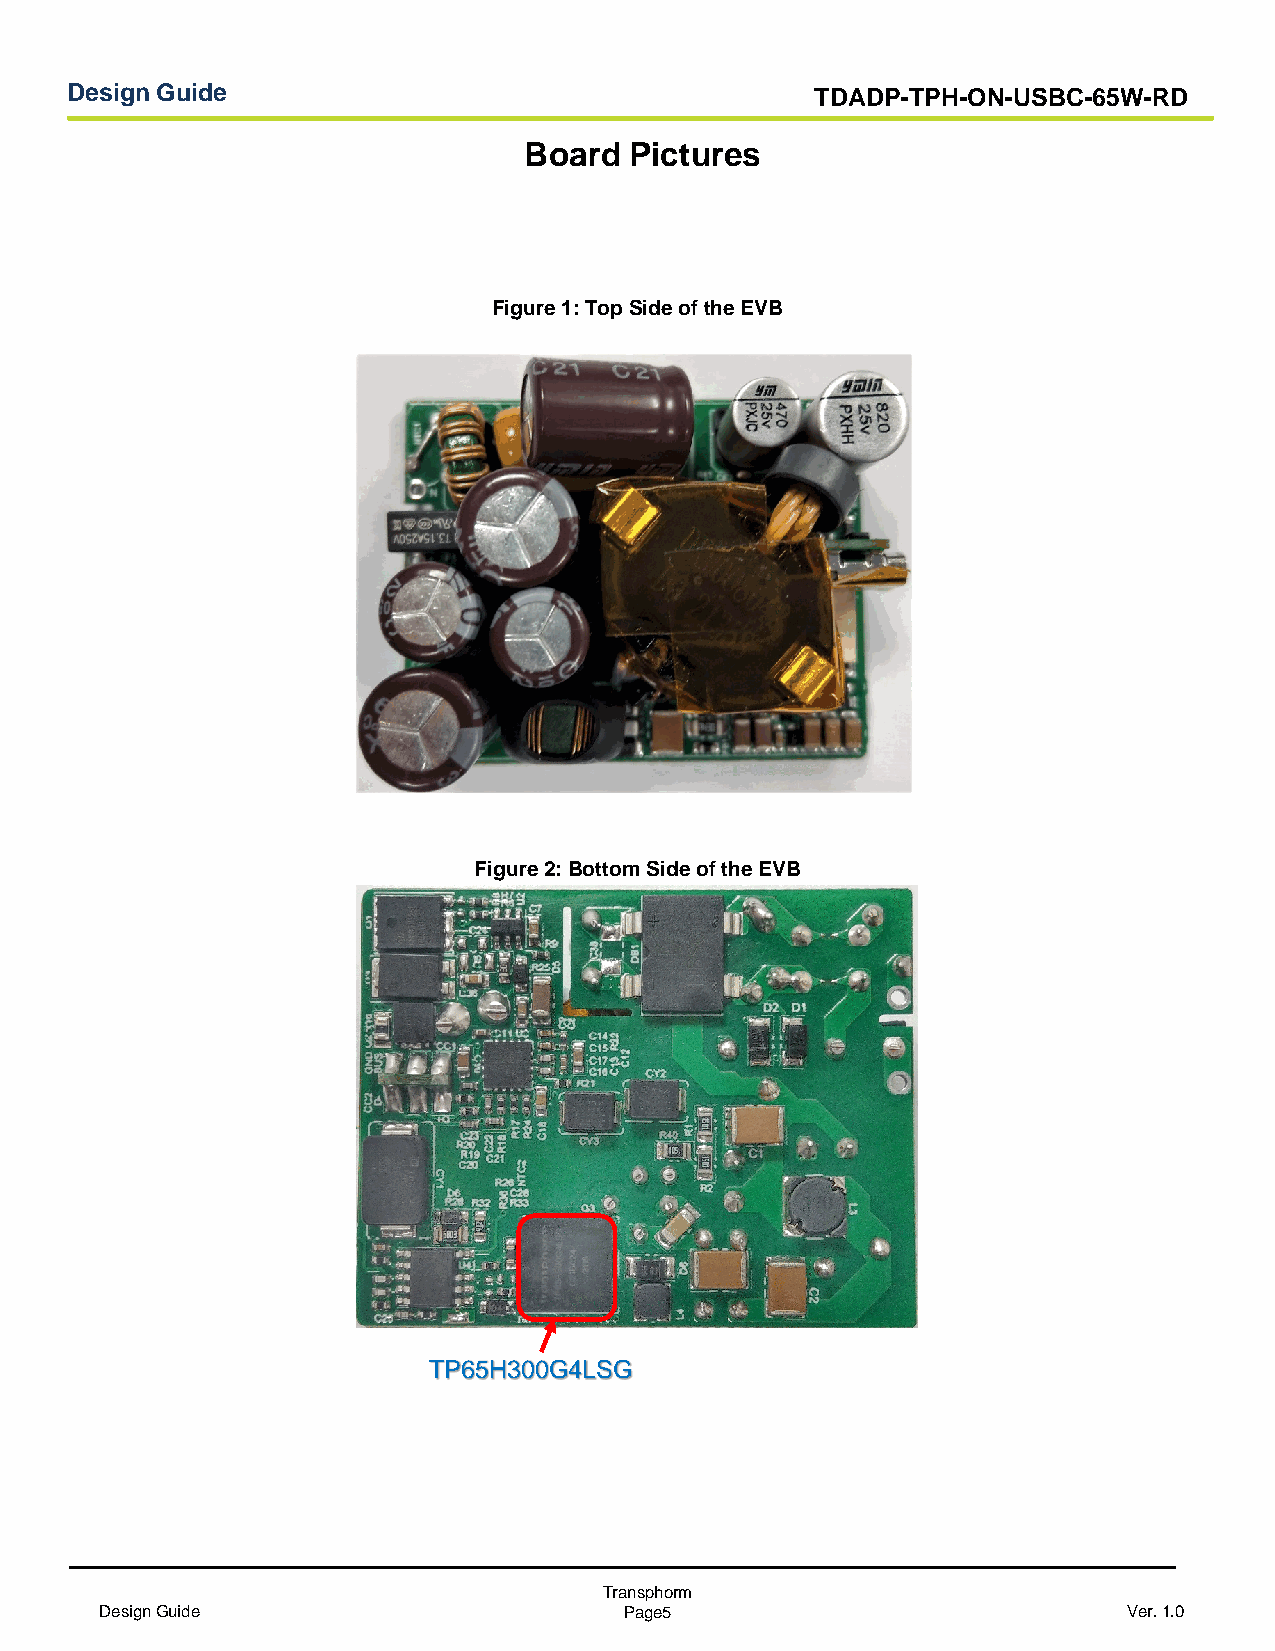
Design Guide                                      TDADP-TPH-ON-USBC-65W-RD
 Board  Pictures
 Figure 1: Top Side of the EVB
 Figure 2: Bottom Side of the EVB
 TP65H300G4LSG
 Transphorm
 Design Guide                      Page5                             Ver. 1.0